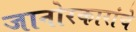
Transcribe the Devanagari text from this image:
जानोरकारांचे